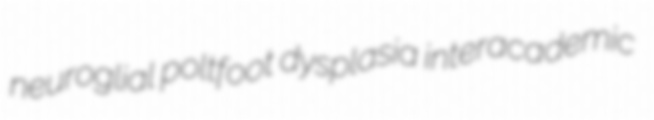
neuroglial poltfoot dysplasia interacademic